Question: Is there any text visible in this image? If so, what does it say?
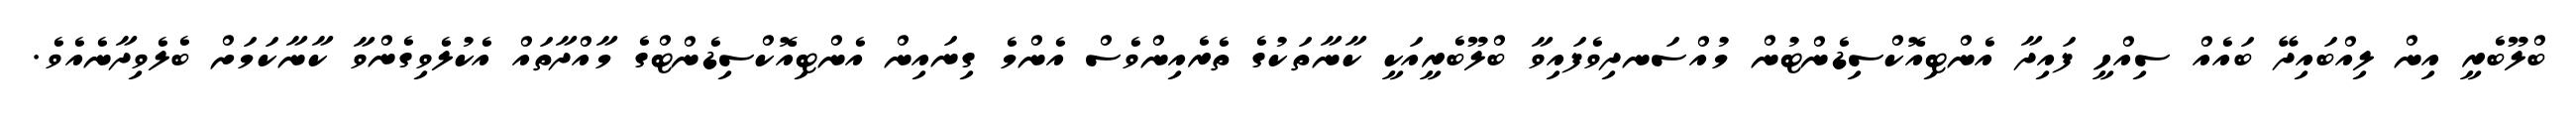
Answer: ބްލޫބެރީ އިން ލިއްބައިދޭ ބައެއް ސިއްހީ ފައިދާ އެންޓިއޮކްސިޑެންޓުން މުއްސަނދިވެފައިވާ ބްލޫބެރީއަކީ ކާނާތަކުގެ ތެރެއިންވެސް އެންމެ ގިނައިން އެންޓިއޮކްސިޑެންޓްގެ މާއްދާތައް އެކުލެވިގެންވާ ކާނާކަމަށް ބެލެވިދާނެއެވެ.